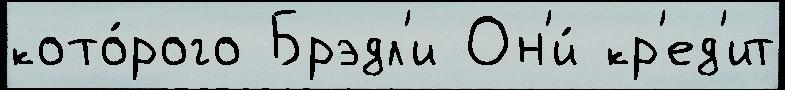
кото́рого Брэдл'и Он'и́ кр'ед'ит